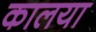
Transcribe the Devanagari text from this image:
कालया